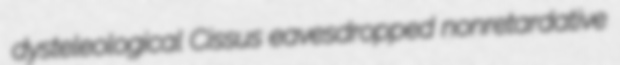
dysteleological Cissus eavesdropped nonretardative